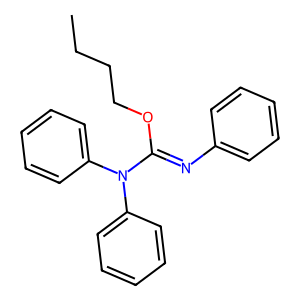
SMILES: CCCCOC(=Nc1ccccc1)N(c1ccccc1)c1ccccc1
Inhibits HIV replication: No